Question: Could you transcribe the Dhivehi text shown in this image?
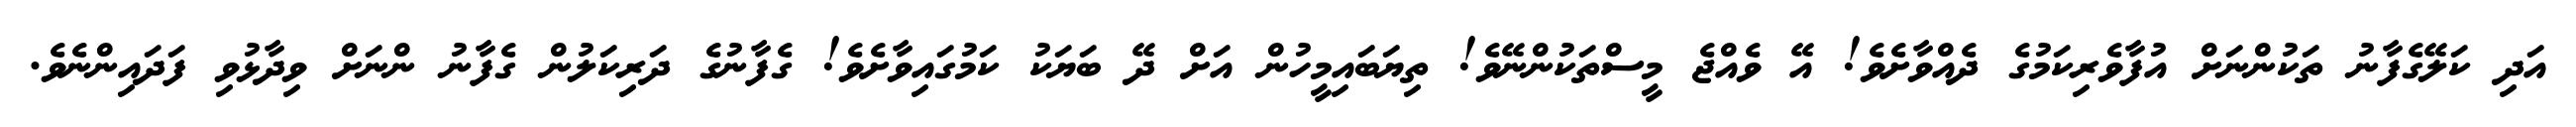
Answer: އަދި ކަލޭގެފާނު ތަކުންނަށް އުފާވެރިކަމުގެ ދެއްވާށެވެ! އޭ ވެއްޖެ މީސްތަކުންނޭވެ! ތިޔަބައިމީހުން އަށް ދޭ ބަޔަކު ކަމުގައިވާށެވެ! ގެފާނުގެ ދަރިކަލުން ގެފާނު ންނަށް ވިދާޅުވި ފަދައިންނެވެ.